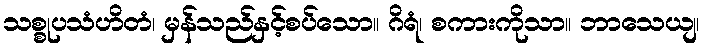
သစ္စုပသံဟိတံ၊ မှန်သည်နှင့်စပ်သော။ ဂိရံ၊ စကားကိုသာ။ ဘာသေယျ၊